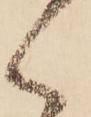
く